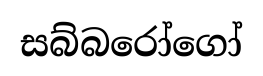
සබ්බරෝගෝ